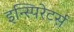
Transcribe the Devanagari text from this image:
इन्स्पिरेटर्स